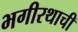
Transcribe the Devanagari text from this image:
भगीरथाची